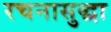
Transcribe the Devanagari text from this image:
रचनासुद्धा